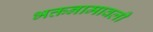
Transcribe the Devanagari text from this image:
भक्तनामावली